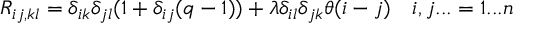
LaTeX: R _ { i j , k l } = \delta _ { i k } \delta _ { j l } ( 1 + \delta _ { i j } ( q - 1 ) ) + \lambda \delta _ { i l } \delta _ { j k } \theta ( i - j ) \quad i , j . . . = 1 . . . n